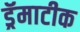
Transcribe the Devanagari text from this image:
ड्रॅमाटीक